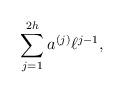
LaTeX: \begin{align*}\sum_{j=1}^{2h}a^{(j)}\ell^{j-1},\end{align*}